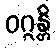
ဝဂ္ဂန္တိ